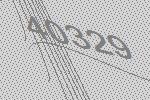
40329